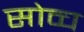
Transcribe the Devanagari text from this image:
सोव्च